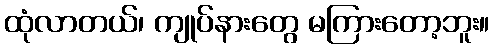
ထုံလာတယ်၊ ကျုပ်နားတွေ မကြားတော့ဘူး။